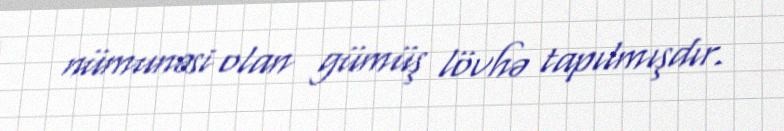
nümunəsi olan gümüş lövhə tapılmışdır.